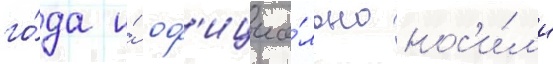
го́да и́ оф'ициа́льно нос'и́л'и